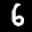
Digit: 6